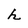
Character: h